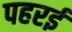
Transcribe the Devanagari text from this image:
पहरई